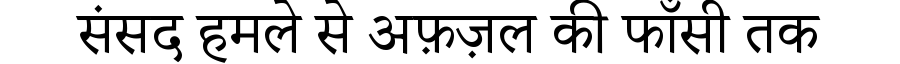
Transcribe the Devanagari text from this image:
संसद हमले से अफ़ज़ल की फाँसी तक